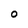
Character: 0